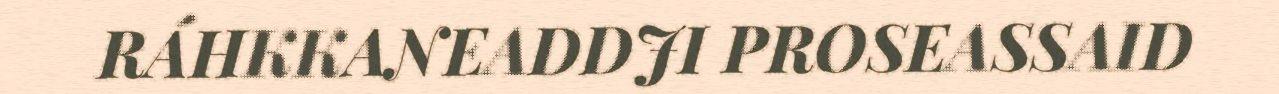
RÁHKKANEADDJI PROSEASSAID